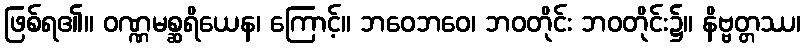
ဖြစ်ရ၏။ ဝဏ္ဏမစ္ဆရိယေန၊ ကြောင့်။ ဘဝေဘဝေ၊ ဘဝတိုင်း ဘဝတိုင်း၌။ နိဗ္ဗတ္တဿ၊